Indian journal of veterinary science and animal husbandry - Volume 8,
Year: 1938
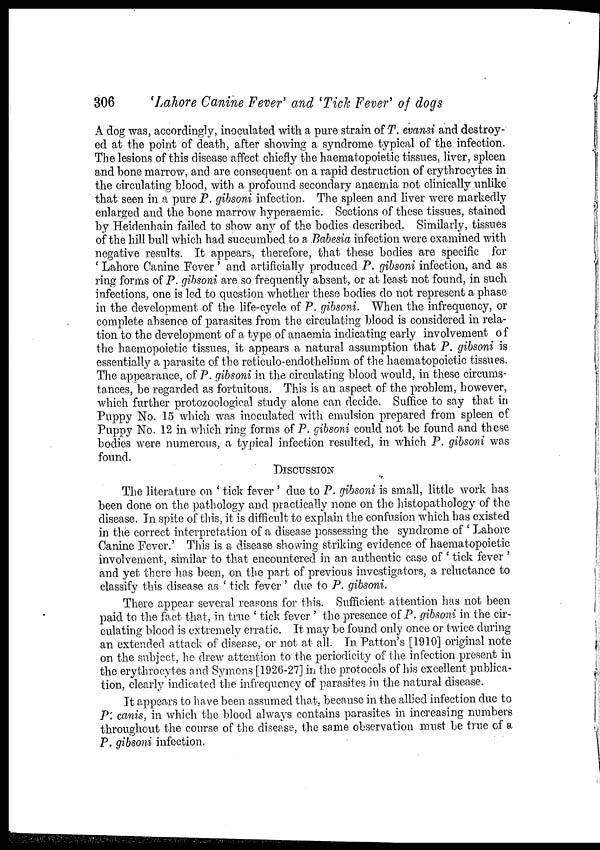
306
'Lahore Canine Fever' and 'Tick Fever' of dogs
A dog was, accordingly, inoculated with a pure strain of T. evansi and destroy-
ed at the point of death, after showing a syndrome typical of the infection.
The lesions of this disease affect chiefly the haematopoietic tissues, liver, spleen
and bone marrow, and are consequent on a rapid destruction of erythrocytes in
the circulating blood, with a profound secondary anaemia not clinically unlike
that seen in a pure P. gibsoni infection. The spleen and liver were markedly
enlarged and the bone marrow hyperaemic. Sections of these tissues, stained
by Heidenhain failed to show any of the bodies described. Similarly, tissues
of the hill bull which had succumbed to a Babesia infection were examined with
negative results. It appears, therefore, that these bodies are specific for
' Lahore Canine Fever' and. artificially produced P. gibsoni infection, and as
ring forms of P. gibsoni are so frequently absent, or at least not found, in such
infections, one is led to question whether these bodies do not represent a phase
in the development of the life-cycle of P. gibsoni. When the infrequency, or
complete absence of parasites from the circulating blood is considered in rela-
tion to the development of a type of anaemia indicating early involvement of
the haemopoietic tissues, it appears a natural assumption that P. gibsoni is
essentially a parasite of the reticulo-endothelium of the haematopoietic tissues.
The appearance, of P. gibsoni in the circulating blood would, in these circums-
tances, be regarded as fortuitous. This is an aspect of the problem, however,
which further protozoological study alone can decide. Suffice to say that in
Puppy No. 15 which was inoculated with emulsion prepared from spleen of
Puppy No. 12 in which ring forms of P. gibsoni could not be found and these
bodies were numerous, a typical infection resulted, in which P. gibsoni was
found.
DISCUSSION
The literature on ' tick fever ' due to P. gibsoni is small, little work has
been done on the pathology and practically none on the histopathology of the
disease. In spite of this, it is difficult to explain the confusion which has existed
in the correct interpretation of a disease possessing the syndrome of ' Lahore
Canine Fever.' This is a disease showing striking evidence of haematopoietic
involvement, similar to that encountered in an authentic case of ' tick fever '
and yet there has been, on the part of previous investigators, a reluctance to
classify this disease as ' tick fever ' due to P. gibsoni.
There appear several reasons for this. Sufficient attention has not been
paid to the fact that, in true ' tick fever ' the presence of P. gibsoni in the cir-
culating blood is extremely erratic. It may be found only once or twice during
an extended attack of disease, or not at all. In Patton's [1910] original note
on the subject, he drew attention to the periodicity of the infection present in
the erythrocytes and Symons [1926-27] in the protocols of his excellent publica-
tion, clearly indicated the infrequency of parasites in the natural disease.
It appears to have been assumed that, because in the allied infection due to
P: canis, in which the blood always contains parasites in increasing numbers
throughout the course of the disease, the same observation must be true of a
P. gibsoni infection.